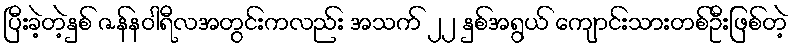
ပြီးခဲ့တဲ့နှစ် ဇန်နဝါရီလအတွင်းကလည်း အသက် ၂၂ နှစ်အရွယ် ကျောင်းသားတစ်ဦးဖြစ်တဲ့